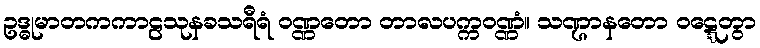
ဥဒ္ဓုမာတကကာဠသုနခသရီရံ ဝဏ္ဏတော တာလပက္ကဝဏ္ဏံ။ သဏ္ဌာနတော ဝဋ္ဋေတွာ